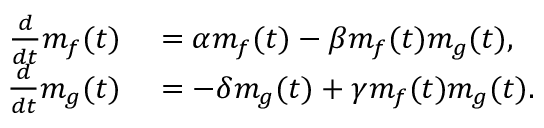
\begin{array} { r l } { \frac { d } { d t } m _ { f } ( t ) } & { { } = \alpha m _ { f } ( t ) - \beta m _ { f } ( t ) m _ { g } ( t ) , } \\ { \frac { d } { d t } m _ { g } ( t ) } & { { } = - \delta m _ { g } ( t ) + \gamma m _ { f } ( t ) m _ { g } ( t ) . } \end{array}